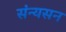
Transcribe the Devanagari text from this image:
संन्यसन